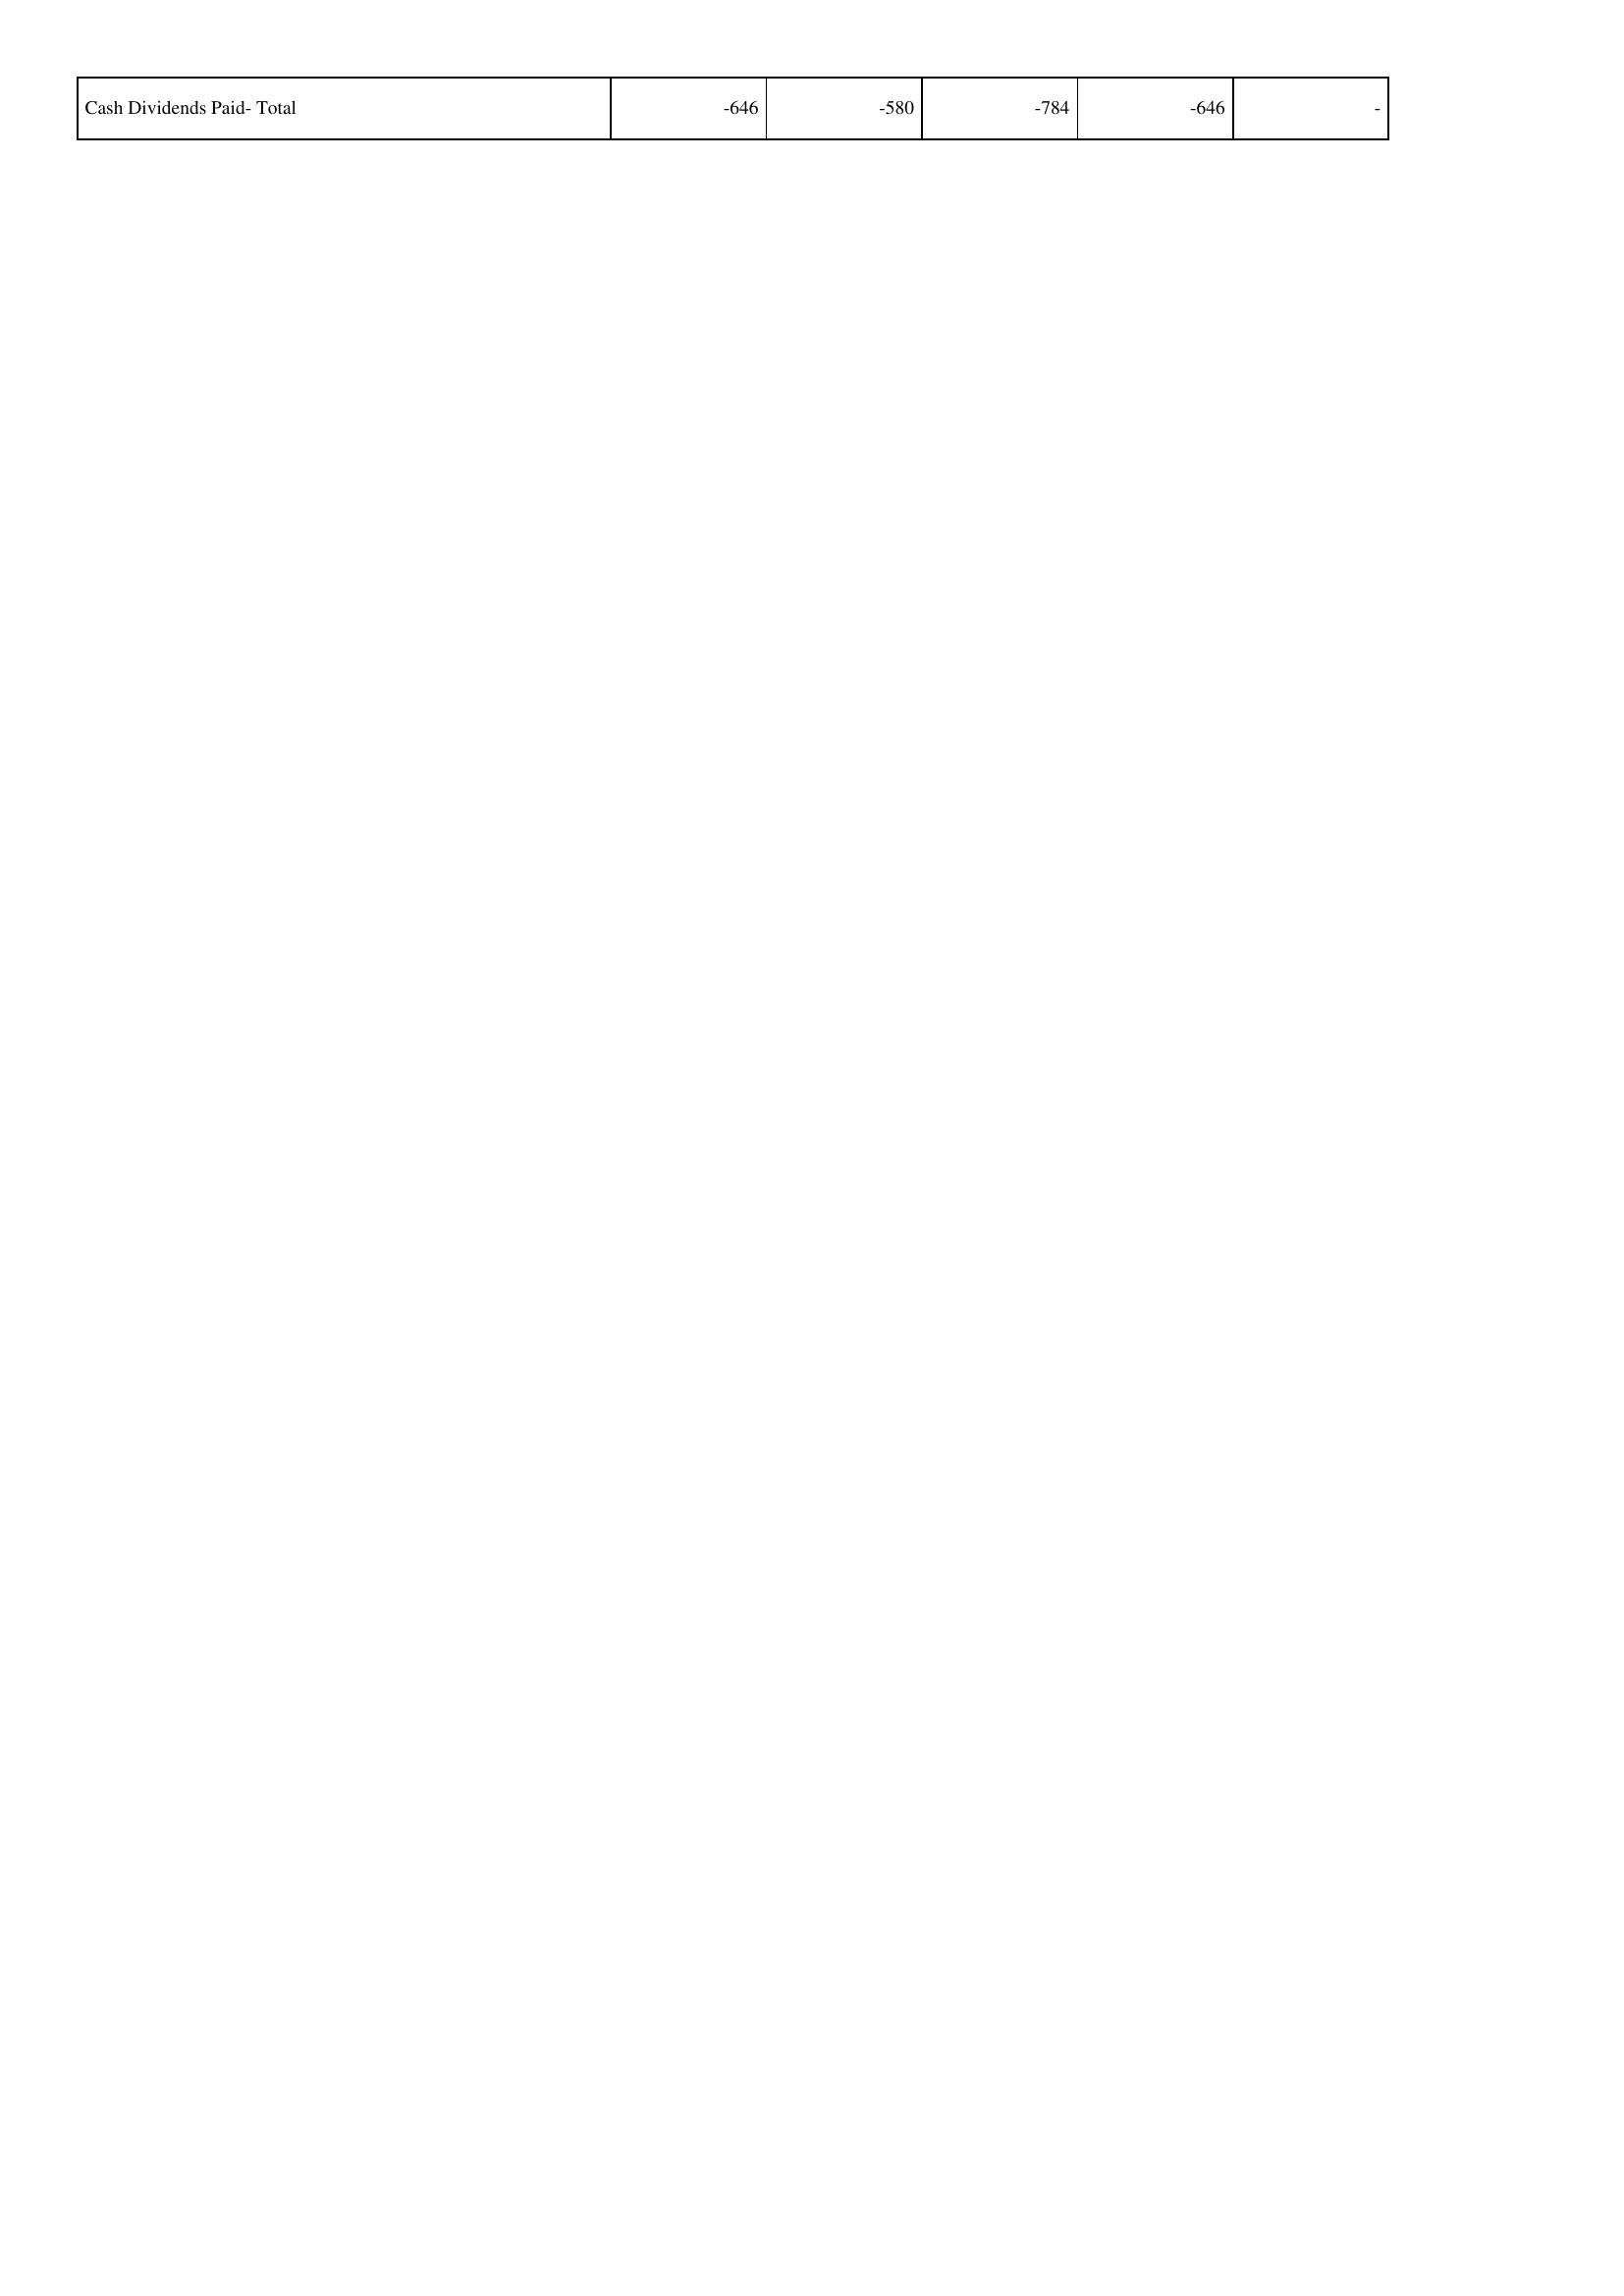
2009: Financing Activities: Cash Dividends Paid- Total: -646
2008: Financing Activities: Cash Dividends Paid- Total: -580
2007: Financing Activities: Cash Dividends Paid- Total: -784
2006: Financing Activities: Cash Dividends Paid- Total: -646
2005: Financing Activities: Cash Dividends Paid- Total: -